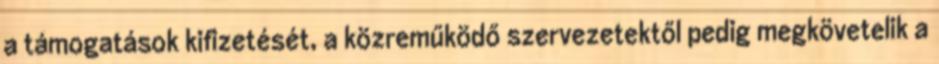
a támogatások kifizetését, a közreműködő szervezetektől pedig megkövetelik a